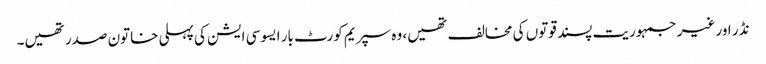
نڈر اور غیر جمہوریت پسند قوتوں کی مخالف تھیں، وہ سپریم کورٹ بار ایسوسی ایشن کی پہلی خاتون صدر تھیں۔